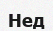
Нед